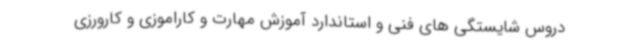
دروس شایستگی های فنی و استاندارد آموزش مهارت و کاراموزی و کارورزی